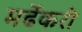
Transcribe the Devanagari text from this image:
मर्ढेकरी